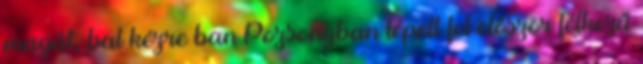
magát, bal kézre ban Pozsonyban lépett fel először félkezű